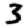
Digit: 3